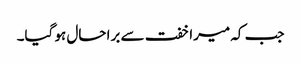
جب کہ میرا خفت سے برا حال ہو گیا۔